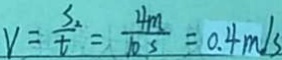
V = \frac { S _ { 2 } } { t } = \frac { 4 m } { 1 0 s } = 0 . 4 m / s